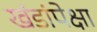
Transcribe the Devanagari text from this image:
खंडांपेक्षा